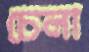
চেলা